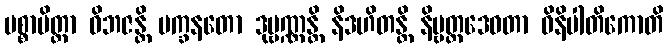
ပစ္စာမိတ္တာ ဝိဘဇန္တိ မက္ခနတော ဒုဗ္ဗဏ္ဏန္တိ နိဒဟိတန္တိ နိဗ္ဗတ္တဒေဝတာ ဝိနိပါတိကောတိ